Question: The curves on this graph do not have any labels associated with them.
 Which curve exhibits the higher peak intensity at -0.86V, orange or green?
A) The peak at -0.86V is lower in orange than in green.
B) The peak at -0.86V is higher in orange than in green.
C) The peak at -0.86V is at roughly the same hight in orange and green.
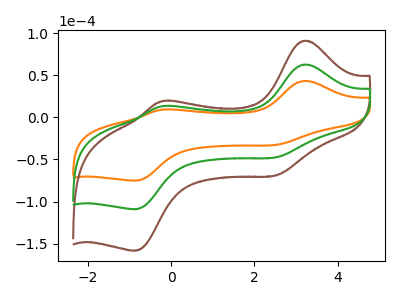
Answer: <think>The orange curve "orange" has anodic peaks at (3.20V, 43.20uA) (-0.25V, 9.10uA) and cathodic peaks at (2.50V, -32.80uA) (-0.85V, -75.10uA). The brown curve "brown" has anodic peaks at (3.20V, 125.35uA) (-0.25V, 26.35uA) and cathodic peaks at (2.50V, -95.20uA) (-0.85V, -218.05uA). The green curve "green" has anodic peaks at (3.20V, 62.70uA) (-0.25V, 13.15uA) and cathodic peaks at (2.50V, -47.60uA) (-0.85V, -109.05uA).</think>
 <answer>A) The peak at -0.86V is lower in "orange" than in "green".</answer>
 <eval>A</eval>